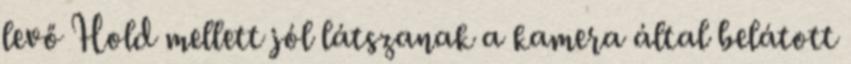
levő Hold mellett jól látszanak a kamera által belátott